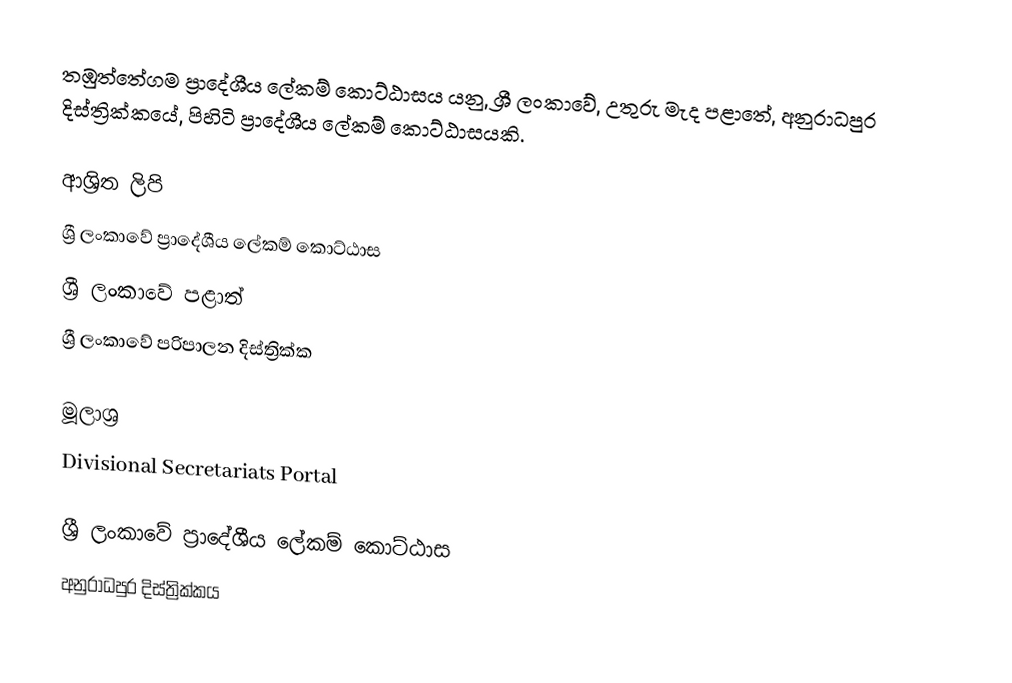
තඹුත්තේගම ප්‍රාදේශීය ලේකම් කොට්ඨාසය යනු,  ශ්‍රී ලංකාවේ,  උතුරු මැද පළාතේ,   අනුරාධපුර දිස්ත්‍රික්කයේ, පිහිටි ප්‍රාදේශීය ලේකම් කොට්ඨාසයකි.

ආශ්‍රිත ලිපි
ශ්‍රී ලංකාවේ ප්‍රාදේශීය ලේකම් කොට්ඨාස
ශ්‍රී ලංකාවේ පළාත්
ශ්‍රී ලංකාවේ පරිපාලන දිස්ත්‍රික්ක

මූලාශ්‍ර
 Divisional Secretariats Portal

ශ්‍රී ලංකාවේ ප්‍රාදේශීය ලේකම් කොට්ඨාස
අනුරාධපුර දිස්ත්‍රික්කය